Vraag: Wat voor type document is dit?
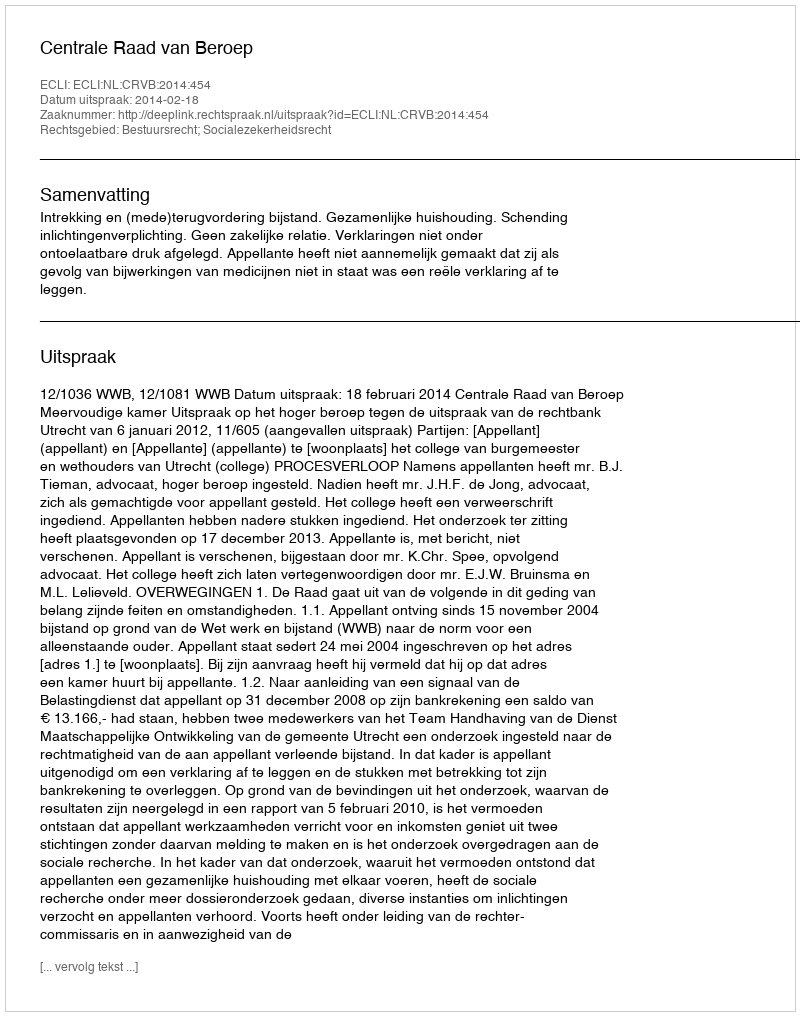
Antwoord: Uitspraak